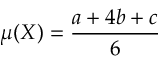
\mu ( X ) = { \frac { a + 4 b + c } { 6 } }